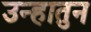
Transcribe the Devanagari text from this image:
उन्हातुन